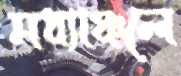
মধ্যাঞ্চলে